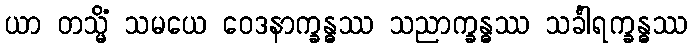
ယာ တသ္မိံ သမယေ ဝေဒနာက္ခန္ဓဿ သညာက္ခန္ဓဿ သင်္ခါရက္ခန္ဓဿ